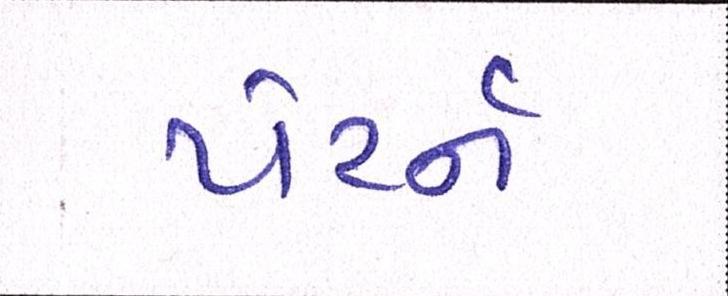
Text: પેટર્ન